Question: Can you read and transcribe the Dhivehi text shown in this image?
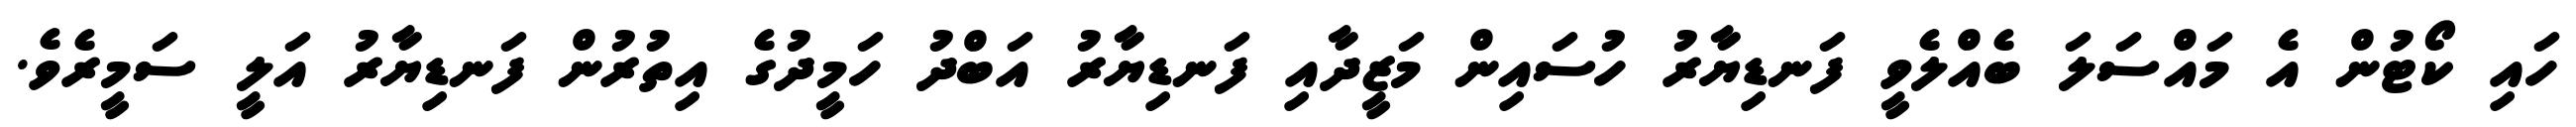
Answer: ހައި ކޯޓުން އެ މައްސަލަ ބެއްލެވީ ފަނޑިޔާރު ހުސައިން މަޒީދާއި ފަނޑިޔާރު އަބްދު ހަމީދުގެ އިތުރުން ފަނޑިޔާރު އަލީ ސަމީރެވެ.